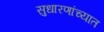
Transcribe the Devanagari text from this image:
सुधारणांच्यात